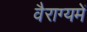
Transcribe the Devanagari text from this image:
वैराग्यमें